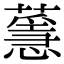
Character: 𦾻